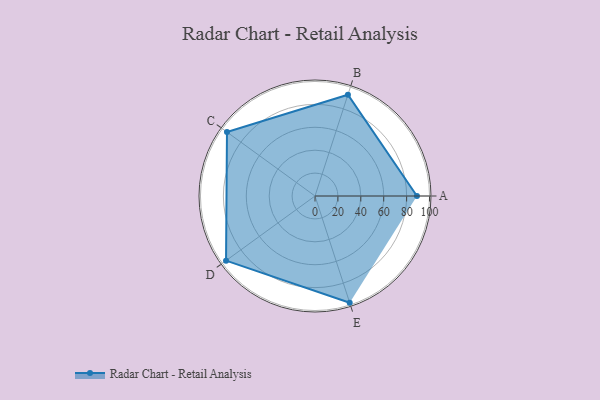
{"axis": {"x": "Skill", "y": "Score"}, "legend": ["Profile"], "data": [{"x": "A", "y": 89.0, "type": "Profile"}, {"x": "B", "y": 93.0, "type": "Profile"}, {"x": "C", "y": 95.0, "type": "Profile"}, {"x": "D", "y": 96.0, "type": "Profile"}, {"x": "E", "y": 98.0, "type": "Profile"}]}